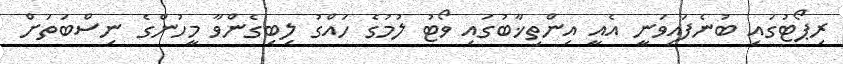
ރިޕޯޓުގައި ބުނެފައިވަނީ އެއީ އިންތިޚާބުގައި ވޯޓު ލުމުގެ ހައްގު ލިބިގެންވާ މީހުންގެ ނިސްބަތަށް